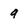
Character: 9